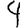
Digit: 4